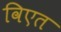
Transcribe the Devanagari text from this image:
विएत